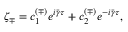
\zeta _ { \mp } = c _ { 1 } ^ { ( \mp ) } e ^ { i \bar { \gamma } \tau } + c _ { 2 } ^ { ( \mp ) } e ^ { - i \bar { \gamma } \tau } ,